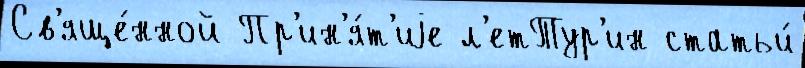
Св'яще́нной Пр'ин'я́т'иjе л'етТур'ин статьи́